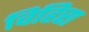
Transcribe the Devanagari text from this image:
विहिरा